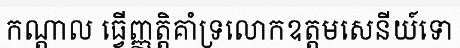
កណ្តាល ធ្វើញ្ញត្តិគាំទ្រលោកឧត្តមសេនីយ៍ទោ